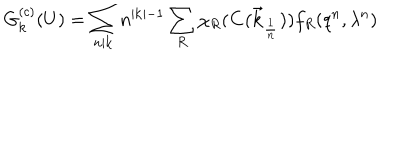
LaTeX: G _ { { \bf k } } ^ { ( c ) } ( U ) = \sum _ { n | { \bf k } } n ^ { | { \bf k } | - 1 } \sum _ { R } \chi _ { R } ( { \bf C ( \vec { k } _ { \frac { 1 } { n } } ) } ) f _ { R } ( q ^ { n } , \lambda ^ { n } )